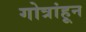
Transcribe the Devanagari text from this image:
गोत्रांहून